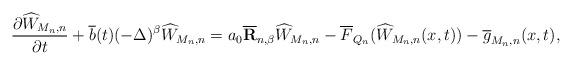
LaTeX: \begin{align*}\frac{\partial \widehat W_{M_n,n} }{\partial t} + \overline b(t) (-\Delta )^\beta \widehat W_{M_n,n} = a_0 {\bf \overline R}_{n,\beta} \widehat W_{M_n,n}-\overline F_{Q_n} (\widehat W_{M_n,n}(x,t)) -\overline g_{M_n,n} (x,t), \end{align*}